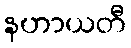
နဟာယတီ